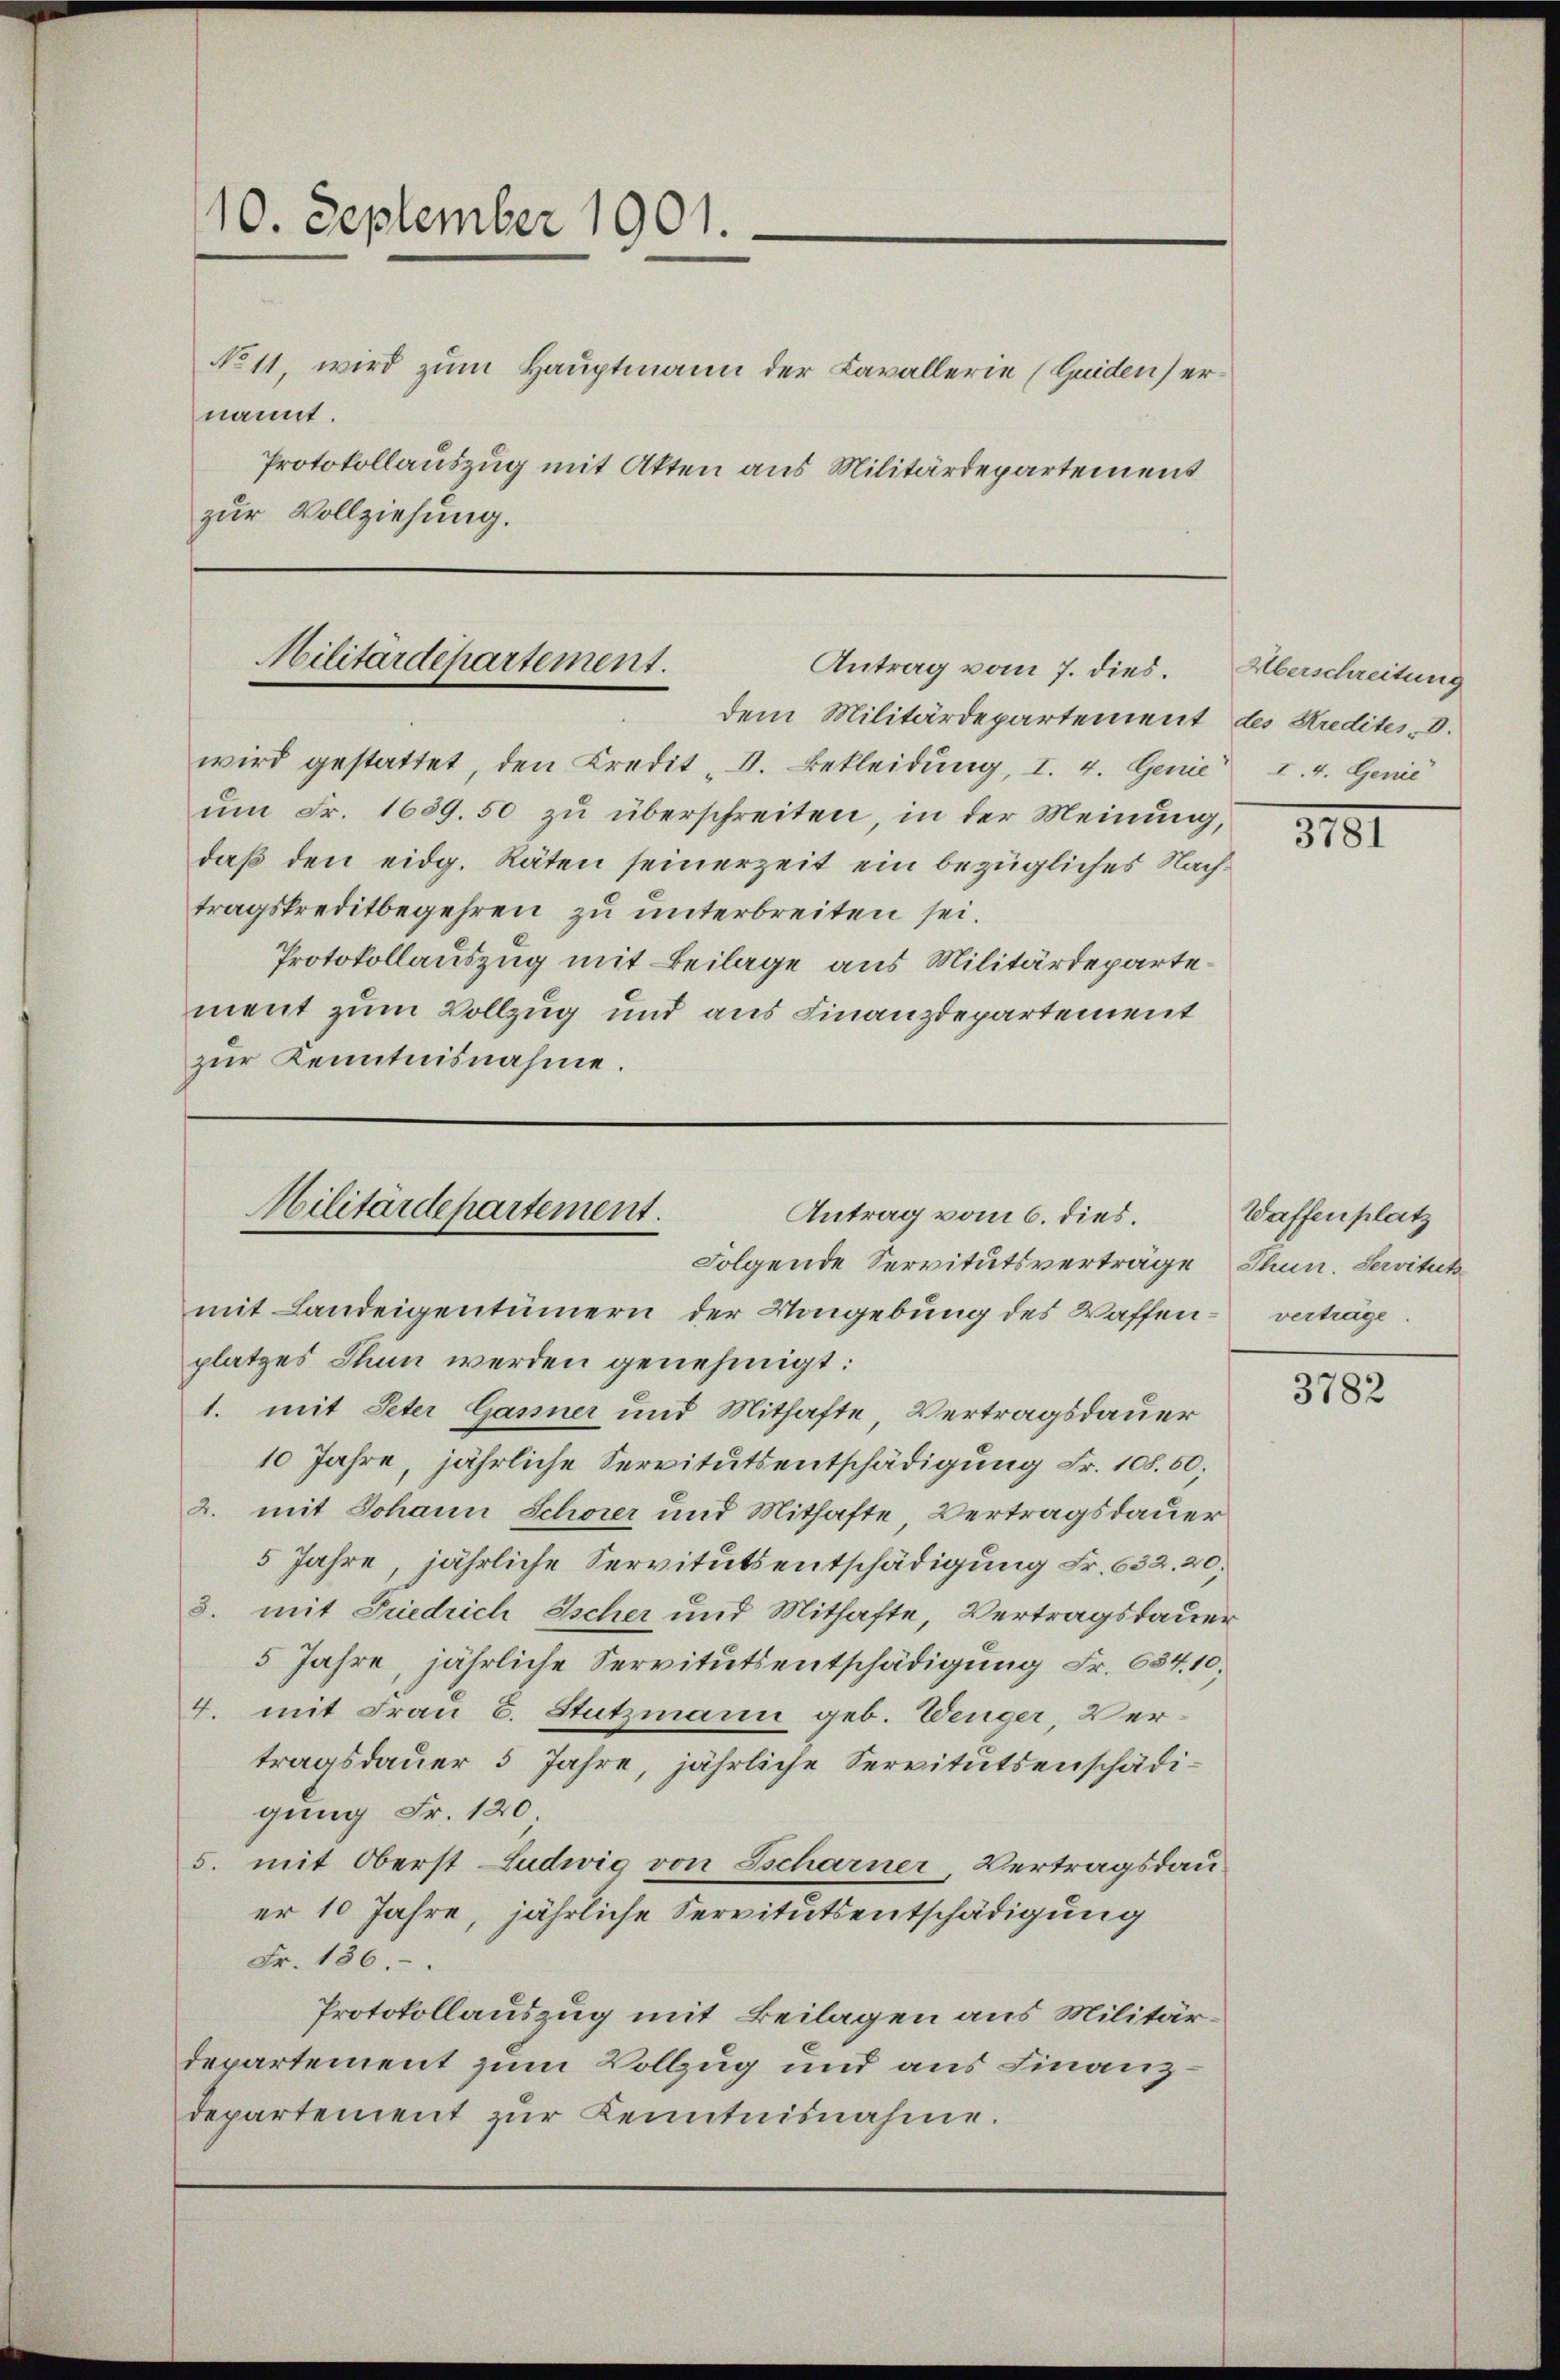
Nost, wird zum Hauptmann der Cavallerie (Guiden) ernannt.
Protokollauszug mit Akten aus Militärdepartement
zur Vollziehung.

10. September 1901.

Militärdepartement.
Antrag vom 7. dies.
dem Militärdepartement des Kredites D.

Militärdepartement.
Antrag vom 6. dies.
Folgende Servitutsverträge, Thun. Servitut

wird gestattet, den Kredit „V. Bekleidung, I. 4. Genie u. 4. Genie
um Fr. 1659. 50 zu überschreiten, in der Meinung,
daß den eidg. Räten seinerzeit ein bezügliches Nachtragskreditbegehren zu unterbreiten sei.
Protokollauszug mit Beilage aus Militärdepartement zum Vollzug und aus Finanzdepartement
zur Kenntnisnahme.

mit Landeigentümern der Umgebung des Waffenplatzes Thun werden genehmigt:
1. mit Peter Gassner und Mithafte Vertragsdauer
10 Jahre, jährliche Servitutsentschädigung Fr. 108. 50;
2. mit Johann Schorer und Mithafte, Vertragsdauer
5 Jahre, jährliche Servitutsentschädigung Fr. 632. 20,
3. mit Friedrich Escher und Mithafte, Vertragsdauer
5 Jahre, jährliche Servitutsentschädigung Fr. 634. 10,
4. mit Frau B. Stutzmann geb. Wenger, Vertragsdauer 5 Jahre, jährliche Servitutsenschädigung Fr. 120
5. mit Oberst Ludwig von Scharner, Vertragsdauer 10 Jahre, jährliche Servitutsentschädigung
Fr. 186.
Protokollauszug mit Beilagen aus Militärdepartement zum Vollzug und aus Finanzdepartement zŭr Kenntnisnahme.

Überschreitung

3101

Waffenplatz
verträge.

3782